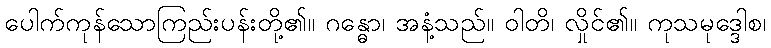
ပေါက်ကုန်သောကြည်းပန်းတို့၏။ ဂန္ဓော၊ အနံ့သည်။ ဝါတိ၊ လှိုင်၏။ ကုသမုဒ္ဒေါစ၊